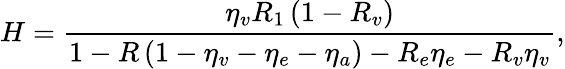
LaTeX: H=\frac{\eta_{v}R_{1}\left(1-R_{v}\right)}{1-R\left(1-\eta_{v}-\eta_{e}-\eta_{a}\right)-R_{e}\eta_{e}-R_{v}\eta_{v}},